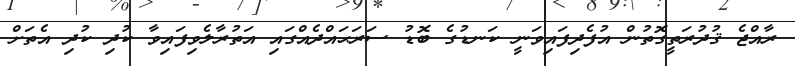
ރާއްޖެ ޤުދުރަތީގޮތުން އުފެދިފައިވަނީ ކަނޑުގެ ބޮޑު ސަރަޙައްދެއްގައި އަތުރާލެވިފައިވާ ކުދި ކުދި އެތަށް